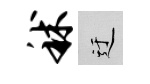
秫迂